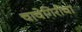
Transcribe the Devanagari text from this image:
चाचेगिरीचा